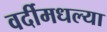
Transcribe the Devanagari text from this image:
वर्दीमधल्या